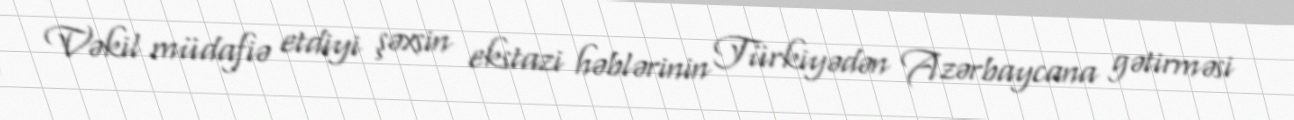
Vəkil müdafiə etdiyi şəxsin ekstazi həblərinin Türkiyədən Azərbaycana gətirməsi